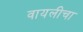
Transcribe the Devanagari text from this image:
वायलीचा